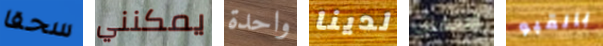
سحقا يمكنني واحدة لدينا اليانصيب بالقبو